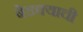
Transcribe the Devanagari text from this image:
बेडक्याची